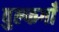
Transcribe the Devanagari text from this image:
वुल्फगाँ